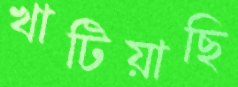
খাটিয়াছি